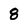
Character: 8